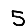
Digit: 5